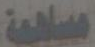
مساهمة